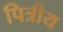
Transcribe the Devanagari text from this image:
पित्रीय